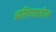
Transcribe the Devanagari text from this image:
आशियाातील